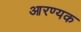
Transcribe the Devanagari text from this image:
आरण्‍यक